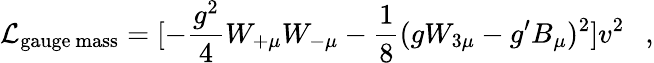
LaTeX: {\cal L}_{\mathrm{gauge~mass}}=[-{\frac{g^{2}}{4}}W_{+\mu}W_{-\mu}-{\frac{1}{8}}(gW_{3\mu}-g^{\prime}B_{\mu})^{2}]v^{2}~~~,